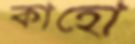
কাহো